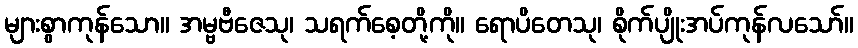
များစွာကုန်သော။ အမ္ဗဗီဇေသု၊ သရက်စေ့တို့ကို။ ရောပိတေသု၊ စိုက်ပျိုးအပ်ကုန်လသော်။